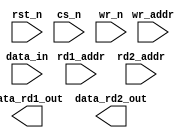
////////////////////////////////////////////////////////////////////////////////
//
//       This confidential and proprietary software may be used only
//     as authorized by a licensing agreement from Synopsys Inc.
//     In the event of publication, the following notice is applicable:
//
//                    (C) COPYRIGHT 1997 - 2016 SYNOPSYS INC.
//                           ALL RIGHTS RESERVED
//
//       The entire notice above must be reproduced on all authorized
//     copies.
//
//
// VERSION:   Simulation Architecture
//
// DesignWare_version: f72f8542
// DesignWare_release: K-2015.06-DWBB_201506.5.2
//
////////////////////////////////////////////////////////////////////////////////
//-----------------------------------------------------------------------------------
//
// ABSTRACT:  Three-Port RAM (Latch-Based)
//            (latch memory array)
//
//
//              Parameters:     Valid Values
//              ===========     ============
//              data_width      [ 1 to 256 ]
//              depth           [ 2 to 256 ]
//              rst_mode        [ 0 = asynchronous reset,
//                                1 = no reset ]
//
//              Input Ports:    Description
//              ============    ===========
//              rst_n           Reset (active low)
//              cs_n            Chip Select (active low)
//              wr_n            Write Enable (active low)
//              rd1_addr        Read1 address Bus [ceil( log2(depth) )]
//              rd2_addr        Read2 address Bus [ceil( log2(depth) )]
//              wr_addr         Write address Bus [ceil( log2(depth) )]
//              data_in         Input data [data_width-1:0]
//
//              Output Ports:   Description
//              =============   ===========
//              data_rd1_out    Output data from rd1_addr [data_width-1:0]
//              data_rd2_out    Output data from rd2_addr [data_width-1:0]
//
//      NOTE: This RAM is intended to be used as a scratchpad memory only.
//              For best results keep "depth" and "data_width" less than 65
//              (ie. less than 64 words in RAM) and the overall number of
//              bits less than 256.
//
// MODIFIED:
//			7/25/97	ss		Added conv_to_x task for data_in.
//			11/11/99 RPH	Rewrote for STAR 91151 fix
//              10/18/00  RPH       Rewrote accoding to new guidelines 
//                                  STAR 111067  
//              9/10/14   RJK       Eliminated common async and sync reset coding
//				    style to support VCS NLP
//------------------------------------------------------------------------------

module DW_ram_2r_w_a_lat (rst_n, cs_n, wr_n, rd1_addr, rd2_addr, 
		wr_addr, data_in, data_rd1_out, data_rd2_out);

   parameter data_width = 4;
   parameter depth = 8;
   parameter rst_mode = 1;


// Address width calculation limited to 8 bits (i.e. max depth 256)
`define DW_addr_width  ((depth>16)?((depth>64)?((depth>128)? 8 : 7) : ((depth>32)? 6 : 5)) : ((depth>4)?((depth>8)? 4 : 3) : ((depth>2)? 2 : 1)))
   
   input     wr_n;
   input     rst_n;
   input     cs_n;
   input [data_width-1 : 0] data_in;   // input port description
   input [`DW_addr_width-1 : 0] rd1_addr;
   input [`DW_addr_width-1 : 0] rd2_addr;
   input [`DW_addr_width-1 : 0] wr_addr;


   output [data_width-1 : 0] data_rd1_out; // output port description
   output [data_width-1 : 0] data_rd2_out; // output port description
   
// synopsys translate_off
   wire [data_width-1:0]   data_in;
   wire [data_width-1:0]   data_in_int;
   reg [data_width-1:0]    mem [depth-1:0];
   
   integer 		   i;
   
   function	any_unknown;
      input[`DW_addr_width-1:0] addr;
      integer	bit_idx;
      begin
	 any_unknown = 1'b0;

	 for (bit_idx = `DW_addr_width-1;
	      bit_idx >= 0 && any_unknown === 1'b0;
	      bit_idx=bit_idx-1)
	 begin
	    if (addr[bit_idx] !== 1'b0 && addr[bit_idx] !== 1'b1)
	      begin
		 any_unknown = 1'b1;
	      end
	 end

      end
   endfunction

  
 
  initial begin : parameter_check
    integer param_err_flg;

    param_err_flg = 0;
    
	    
  
    if ( (data_width < 1) || (data_width > 256) ) begin
      param_err_flg = 1;
      $display(
	"ERROR: %m :\n  Invalid value (%d) for parameter data_width (legal range: 1 to 256)",
	data_width );
    end
  
    if ( (depth < 2) || (depth > 256 ) ) begin
      param_err_flg = 1;
      $display(
	"ERROR: %m :\n  Invalid value (%d) for parameter depth (legal range: 2 to 256 )",
	depth );
    end
  
    if ( (rst_mode < 0) || (rst_mode > 1 ) ) begin
      param_err_flg = 1;
      $display(
	"ERROR: %m :\n  Invalid value (%d) for parameter rst_mode (legal range: 0 to 1 )",
	rst_mode );
    end


  
    if ( param_err_flg == 1) begin
      $display(
        "%m :\n  Simulation aborted due to invalid parameter value(s)");
      $finish;
    end

  end // parameter_check 

    

  assign data_rd1_out = rd1_addr < depth ? 
		     (any_unknown(rd1_addr) ? 
		      {data_width{1'bx}} : mem[rd1_addr]) : {data_width{1'b0}};
  assign data_rd2_out = rd2_addr < depth ? 
		     (any_unknown(rd2_addr) ? 
		      {data_width{1'bx}} : mem[rd2_addr]) : {data_width{1'b0}};
   
   assign data_in_int = (any_unknown(data_in)) ? {data_width{1'bx}} : data_in;
   
generate
  if (rst_mode == 0) begin : GEN_RM_EQ_0
   always @(cs_n or wr_n or wr_addr or data_in_int or rst_n)
     begin : mk_ar_mem
	if (rst_n === 1'b0) begin
	   for (i = 0; i < depth; i = i + 1) begin
	      mem[i] = {data_width{1'b0}};
	   end 
	end
	else if (rst_n === 1'b1) begin
	   if (cs_n === 1'b0) begin
	      if (wr_n === 1'b0) begin
		 if (any_unknown(wr_addr) == 1'b1) begin
		    for (i = 0; i < depth; i = i + 1) begin
		       mem[i] = {data_width{1'bx}};
		    end 
		 end
		 else begin
		    mem[wr_addr] = data_in_int;
		 end // else: !if(any_unknown(wr_addr) == 1'b1)
	      end // if (cs_n === 1'b0)
	      else if(wr_n === 1'b1) begin
		 // do nothing
	      end
	      else begin
		 if (any_unknown(wr_addr) == 1'b1) begin
		    for (i = 0; i < depth; i = i + 1) begin
		       mem[i] = {data_width{1'bx}};
		    end 
		 end
		 else begin
		    mem[wr_addr] = {data_width{1'bx}};
		 end // else: !if(any_unknown(wr_addr) == 1'b1)
	      end
	   end // if (cs_n === 1'b0)
	   else if (cs_n === 1'b1) begin
	      // do nothing
	   end
	   else begin
	      if (any_unknown(wr_addr) == 1'b1) begin
		 for (i = 0; i < depth; i = i + 1) begin
		    mem[i] = {data_width{1'bx}};
		 end 
	      end
	      else begin
		 mem[wr_addr] = data_in_int;
	      end // else: !if(any_unknown(wr_addr) == 1'b1)
	   end // else: !if(cs_n === 1'b1)
	end // if (rst_n === 1'b1)
	else begin
	   for (i = 0; i < depth; i = i + 1) begin
	      mem[i] = {data_width{1'bx}};
	   end 
	end // else: !if(rst_n === 1'b1)
     end // block: mk_ar_mem
  end else begin : GEN_RM_NE_0
   always @(cs_n or wr_n or wr_addr or data_in_int)
     begin : mk_nr_mem
	   if (cs_n === 1'b0) begin
	      if (wr_n === 1'b0) begin
		 if (any_unknown(wr_addr) == 1'b1) begin
		    for (i = 0; i < depth; i = i + 1) begin
		       mem[i] = {data_width{1'bx}};
		    end 
		 end
		 else begin
		    mem[wr_addr] = data_in_int;
		 end // else: !if(any_unknown(wr_addr) == 1'b1)
	      end // if (cs_n === 1'b0)
	      else if(wr_n === 1'b1) begin
		 // do nothing
	      end
	      else begin
		 if (any_unknown(wr_addr) == 1'b1) begin
		    for (i = 0; i < depth; i = i + 1) begin
		       mem[i] = {data_width{1'bx}};
		    end 
		 end
		 else begin
		    mem[wr_addr] = {data_width{1'bx}};
		 end // else: !if(any_unknown(wr_addr) == 1'b1)
	      end
	   end // if (cs_n === 1'b0)
	   else if (cs_n === 1'b1) begin
	      // do nothing
	   end
	   else begin
	      if (any_unknown(wr_addr) == 1'b1) begin
		 for (i = 0; i < depth; i = i + 1) begin
		    mem[i] = {data_width{1'bx}};
		 end 
	      end
	      else begin
		 mem[wr_addr] = data_in_int;
	      end // else: !if(any_unknown(wr_addr) == 1'b1)
	   end // else: !if(cs_n === 1'b1)
     end // block: mk_nr_mem
  end
endgenerate
// synopsys translate_on
`undef DW_addr_width
endmodule // DW_ram_2r_w_a_lat;